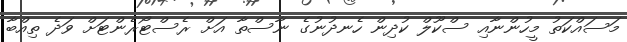
މަސައްކަތު މީހުންނާއި ސްކޫލް ކުދިން ހެނދުނުގެ ނާސްތާ އަށް ރެސްޓޯރެންޓަށް ވަދެ ތިއްބާ